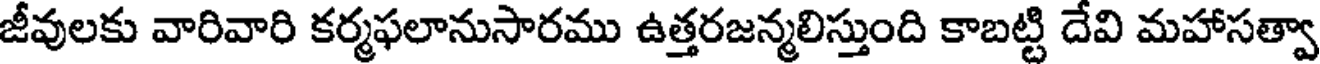
జీవులకు వారివారి కర్మఫలానుసారము ఉత్తరజన్మలిస్తుంది కాబట్టి దేవి మహాసత్వా